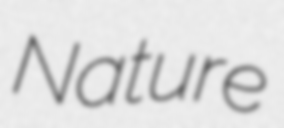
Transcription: Nature